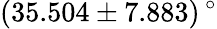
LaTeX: (35.504\pm 7.883)\, ^{\circ}